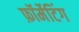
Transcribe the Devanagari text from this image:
फ़ॉर्मेटिंग